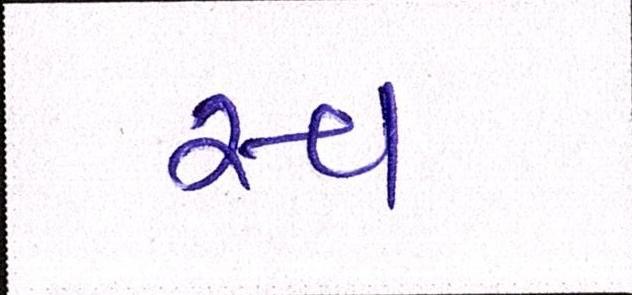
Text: સ્વ